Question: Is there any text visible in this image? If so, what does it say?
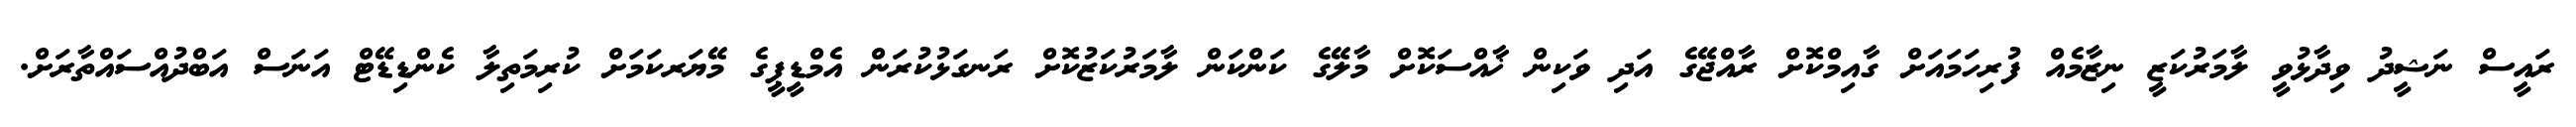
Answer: ރައީސް ނަޝީދު ވިދާޅުވީ ލާމަރުކަޒީ ނިޒާމެއް ފުރިހަމައަށް ގާއިމްކޮށް ރާއްޖޭގެ އަދި ވަކިން ޚާއްސަކޮށް މާލޭގެ ކަންކަން ލާމަރުކަޒުކޮށް ރަނގަޅުކުރަން އެމްޑީޕީގެ މޭޔަރކަމަށް ކުރިމަތިލާ ކެންޑިޑޭޓް އަނަސް އަބްދުއްސައްތާރަށް.